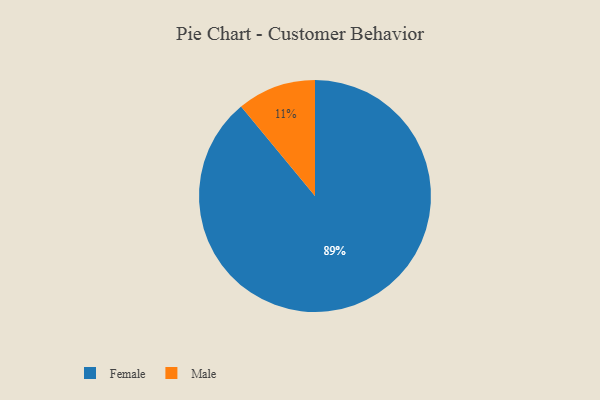
{"axis": {"x": "Category", "y": "Percentage"}, "legend": ["Female", "Male"], "data": [{"x": "Male", "y": 11, "type": "Male"}, {"x": "Female", "y": 89, "type": "Female"}]}